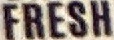
FRESH